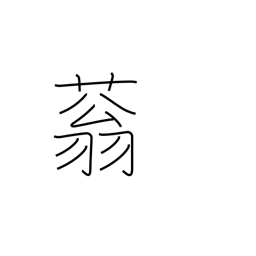
Meaning: vigorous growth